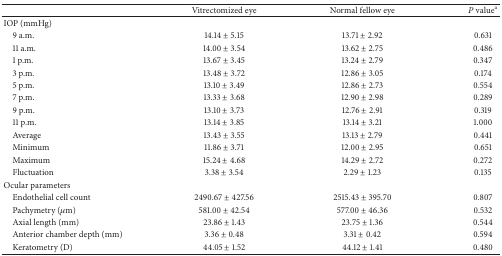
<table><thead><tr><td><b> </b></td><td><b>Vitrectomized eye</b></td><td><b>Normal fellow eye</b></td><td><b><i>P</i> value<sup>a</sup></b></td></tr></thead><tbody><tr><td>IOP (mmHg)</td><td> </td><td> </td><td> </td></tr><tr><td> 9 a.m.</td><td>14.14 ± 5.15</td><td>13.71 ± 2.92</td><td>0.631</td></tr><tr><td> 11 a.m.</td><td>14.00 ± 3.54</td><td>13.62 ± 2.75</td><td>0.486</td></tr><tr><td> 1 p.m.</td><td>13.67 ± 3.45</td><td>13.24 ± 2.79</td><td>0.347</td></tr><tr><td> 3 p.m.</td><td>13.48 ± 3.72</td><td>12.86 ± 3.05</td><td>0.174</td></tr><tr><td> 5 p.m.</td><td>13.10 ± 3.49</td><td>12.86 ± 2.73</td><td>0.554</td></tr><tr><td> 7 p.m.</td><td>13.33 ± 3.68</td><td>12.90 ± 2.98</td><td>0.289</td></tr><tr><td> 9 p.m.</td><td>13.10 ± 3.73</td><td>12.76 ± 2.91</td><td>0.319</td></tr><tr><td> 11 p.m.</td><td>13.14 ± 3.85</td><td>13.14 ± 3.21</td><td>1.000</td></tr><tr><td> Average</td><td>13.43 ± 3.55</td><td>13.13 ± 2.79</td><td>0.441</td></tr><tr><td> Minimum</td><td>11.86 ± 3.71</td><td>12.00 ± 2.95</td><td>0.651</td></tr><tr><td> Maximum</td><td>15.24 ± 4.68</td><td>14.29 ± 2.72</td><td>0.272</td></tr><tr><td> Fluctuation</td><td>3.38 ± 3.54</td><td>2.29 ± 1.23</td><td>0.135</td></tr><tr><td>Ocular parameters</td><td> </td><td> </td><td> </td></tr><tr><td> Endothelial cell count</td><td>2490.67 ± 427.56</td><td>2515.43 ± 395.70</td><td>0.807</td></tr><tr><td> Pachymetry (<i>μ</i>m)</td><td>581.00 ± 42.54</td><td>577.00 ± 46.36</td><td>0.532</td></tr><tr><td> Axial length (mm)</td><td>23.86 ± 1.43</td><td>23.75 ± 1.36</td><td>0.544</td></tr><tr><td> Anterior chamber depth (mm)</td><td>3.36 ± 0.48</td><td>3.31 ± 0.42</td><td>0.594</td></tr><tr><td> Keratometry (D)</td><td>44.05 ± 1.52</td><td>44.12 ± 1.41</td><td>0.480</td></tr></tbody></table>